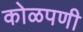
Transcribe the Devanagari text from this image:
कोळपणी